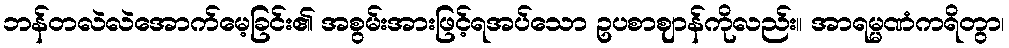
ဘန်တလဲလဲအောက်မေ့ခြင်း၏ အစွမ်းအားဖြင့်ရအပ်သော ဥပစာဈာန်ကိုလည်း။ အာရမ္မဏံကရိတွာ၊